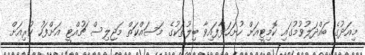
މިއަދުގެ ބައްދަލުވުމުގައި ކޮމިޓީއަށް ހުށަހަޅާފައިވާ ބިލުތަކުގެ މަސައްކަތް މަޖިލިސް ޗުއްޓީ އަށްފަހު ކުރިއަށް